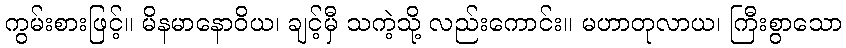
ကွမ်းစားဖြင့်။ မိနမာနောဝိယ၊ ချင့်မှီ သကဲ့သို့ လည်းကောင်း။ မဟာတုလာယ၊ ကြီးစွာသော